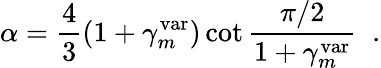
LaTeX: \alpha={\frac{4}{3}}(1+\gamma_{m}^{\mathrm{var}})\cot{\frac{\pi/2}{1+\gamma_{m}^{\mathrm{var}}}}\; \; .